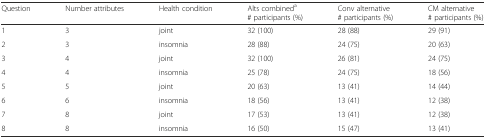
<table><thead><tr><td><b>Question</b></td><td><b>Number attributes</b></td><td><b>Health condition</b></td><td><b>Alts combined<sup>a</sup># participants (%)</b></td><td><b>Conv alternative# participants (%)</b></td><td><b>CM alternative# participants (%)</b></td></tr></thead><tbody><tr><td>1</td><td>3</td><td>joint</td><td>32 (100)</td><td>28 (88)</td><td>29 (91)</td></tr><tr><td>2</td><td>3</td><td>insomnia</td><td>28 (88)</td><td>24 (75)</td><td>20 (63)</td></tr><tr><td>3</td><td>4</td><td>joint</td><td>32 (100)</td><td>26 (81)</td><td>24 (75)</td></tr><tr><td>4</td><td>4</td><td>insomnia</td><td>25 (78)</td><td>24 (75)</td><td>18 (56)</td></tr><tr><td>5</td><td>5</td><td>joint</td><td>20 (63)</td><td>13 (41)</td><td>14 (44)</td></tr><tr><td>6</td><td>6</td><td>insomnia</td><td>18 (56)</td><td>13 (41)</td><td>12 (38)</td></tr><tr><td>7</td><td>8</td><td>joint</td><td>17 (53)</td><td>13 (41)</td><td>12 (38)</td></tr><tr><td>8</td><td>8</td><td>insomnia</td><td>16 (50)</td><td>15 (47)</td><td>13 (41)</td></tr></tbody></table>